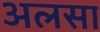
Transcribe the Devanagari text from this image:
अलसा